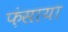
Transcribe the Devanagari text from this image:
फ़ंसाया